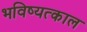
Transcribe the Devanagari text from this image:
भविष्यत्काल